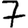
Digit: 7